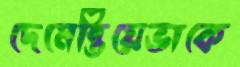
দেমেন্তিয়েভাকে